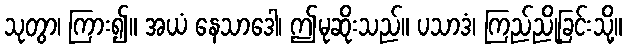
သုတွာ၊ ကြား၍။ အယံ နေသာဒေါ၊ ဤမုဆိုးသည်။ ပသာဒံ၊ ကြည်ညိုခြင်းသို့။